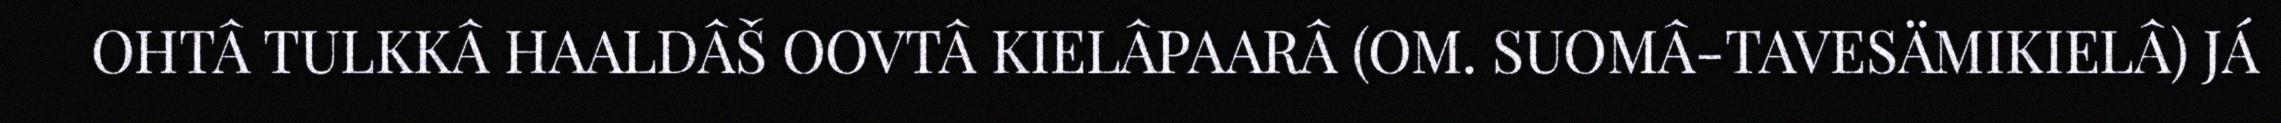
OHTÂ TULKKÂ HAALDÂŠ OOVTÂ KIELÂPAARÂ (OM. SUOMÂ-TAVESÄMIKIELÂ) JÁ